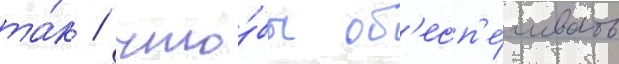
та́к / что́бы об'есп'е́чивать